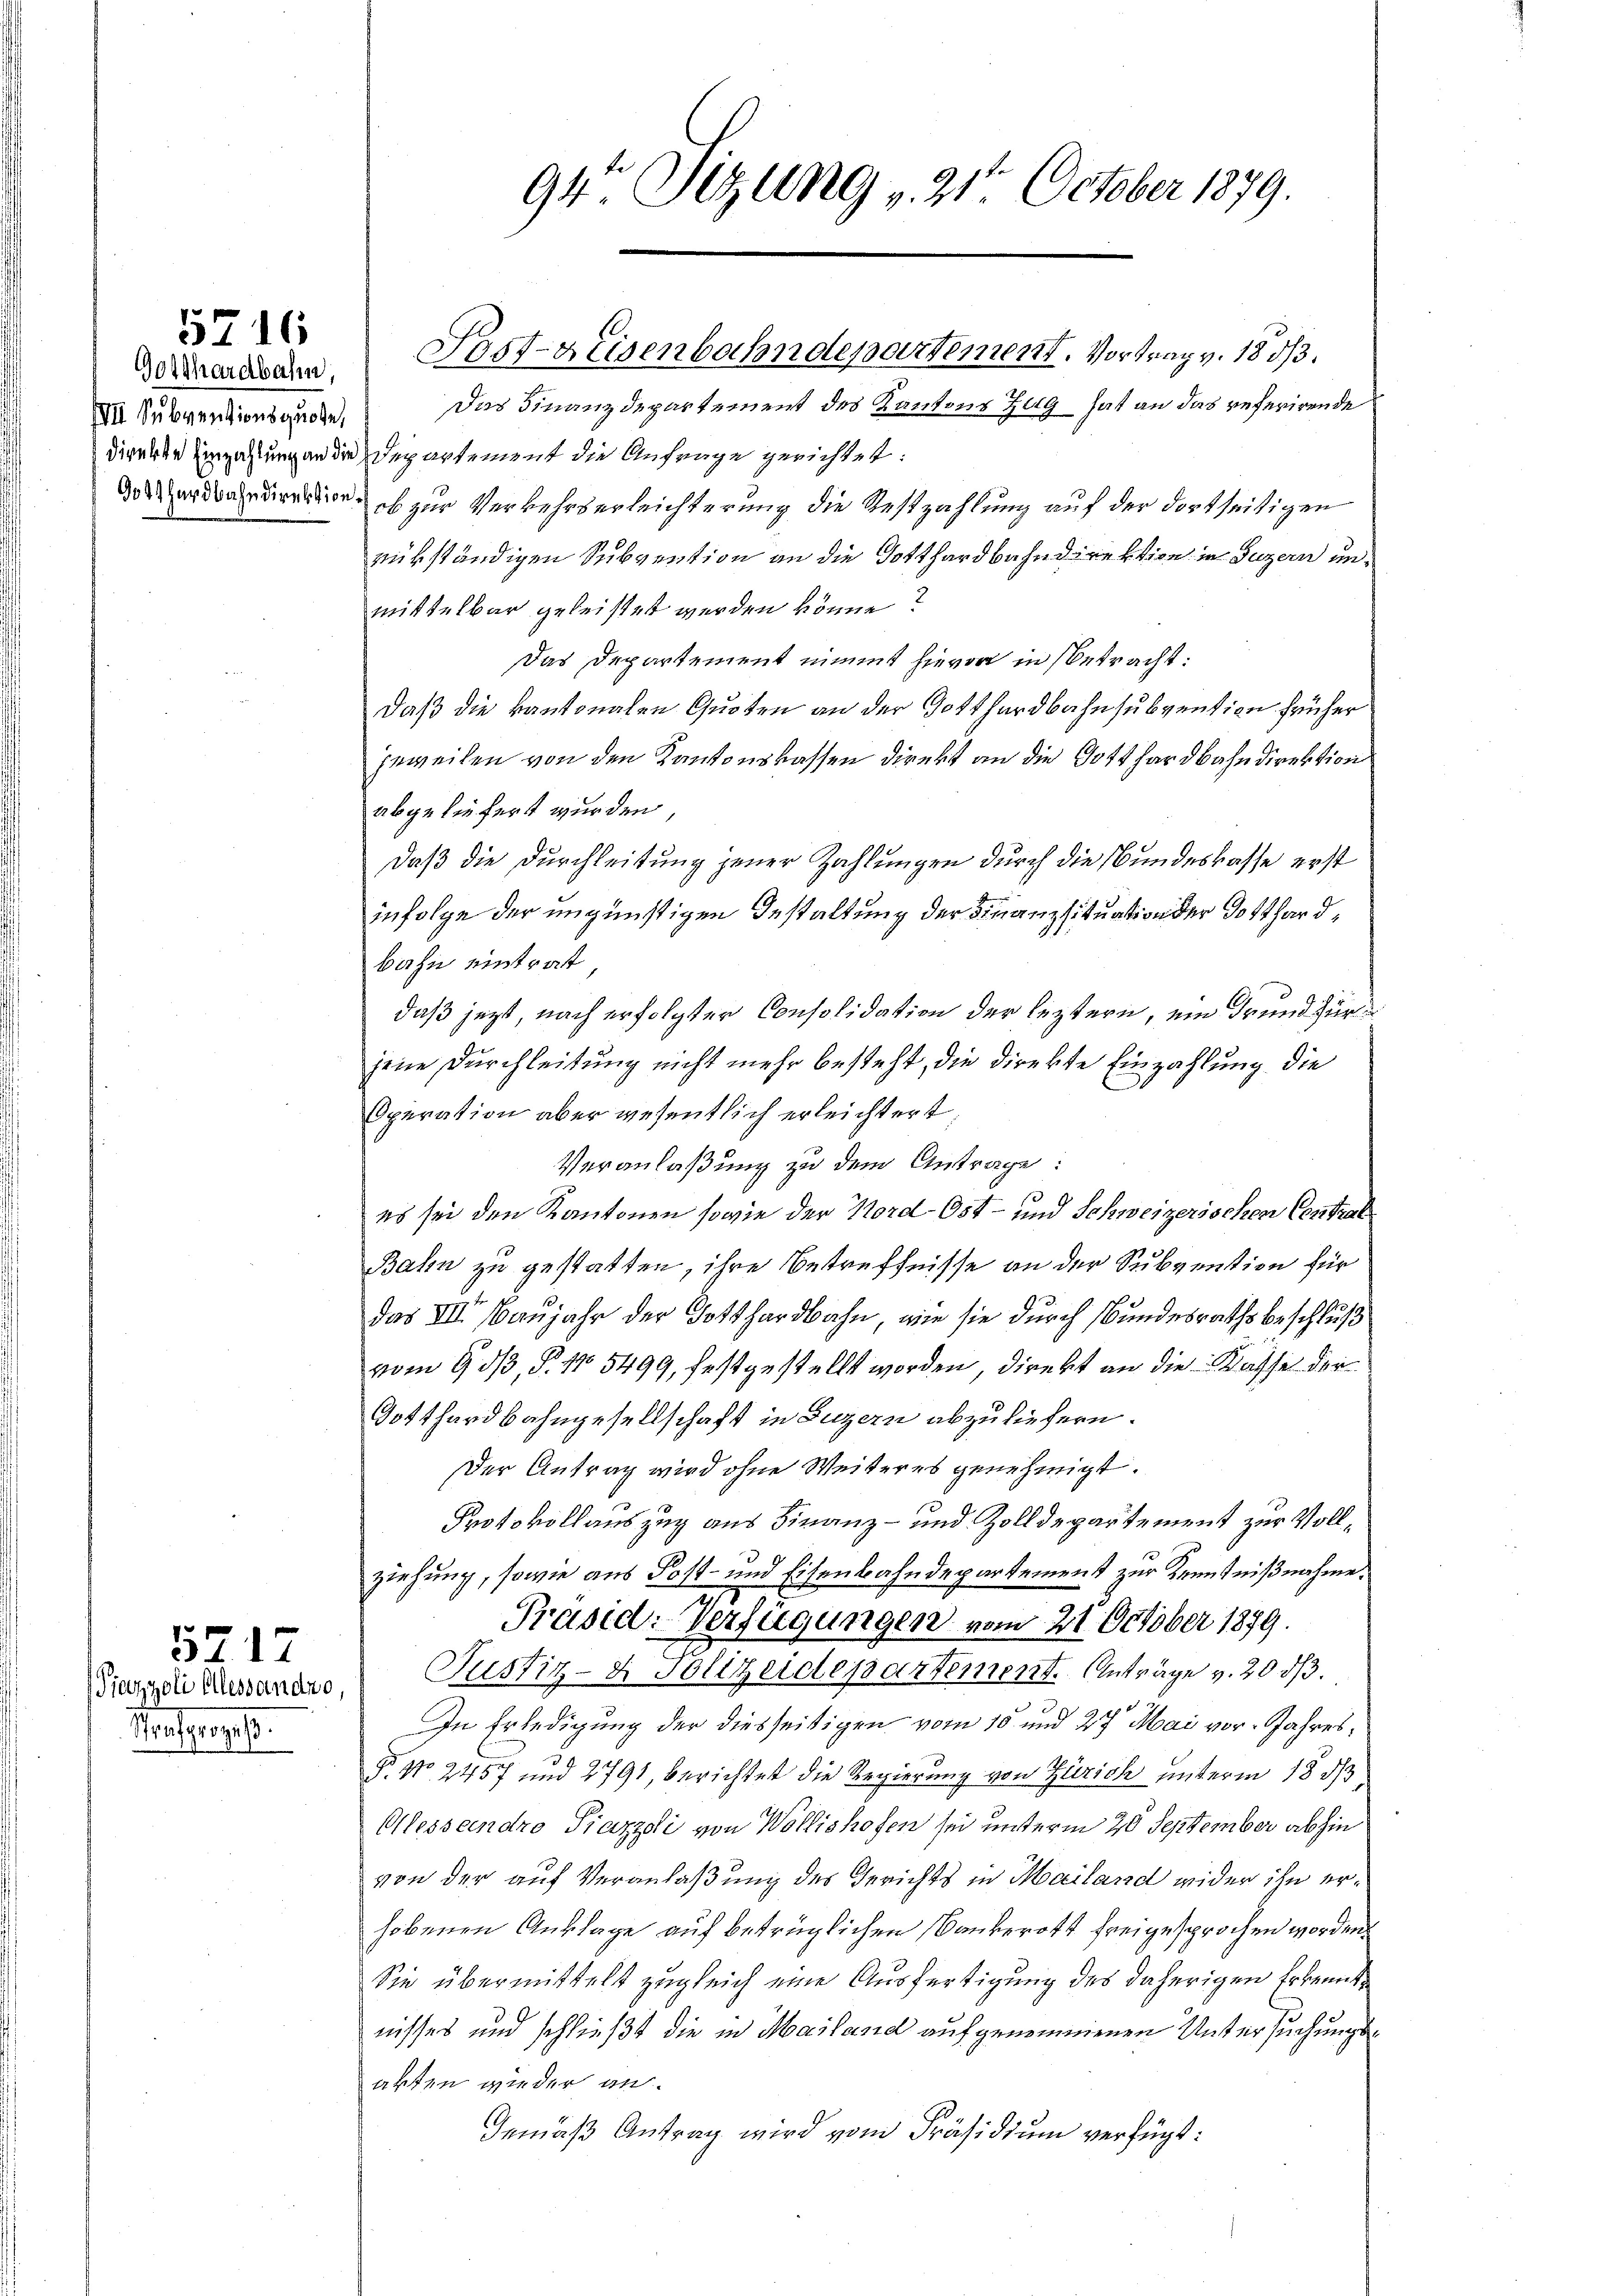
5716

VIII Subventionsquote,

Picozzoli Allessandno.
Hanfragl.

5717

94r Sitzung , 21. October 1879.

Das Finanzdepartement des Kantons Zug hat an das referirende
direkte Einzahlung an die Departement die Anfrage gerichtet:
rdauren, es zur Verkehrserleichterung die Restzahlung auf der dortseitigen
rükständigen Subvention an die Gotthardbahndirektion in Luzern unmittelbar geleistet werden könne?
Das Departement nimmt hievon in betracht:
daß die kantonalen Quoten an der Gotthardbahnsubvention früher
jeweilen von den Kantonskassen direkt an die Gotthardbahndirektion
abgeliefert wurden,
daß die Durchleitung jener Zahlungen durch die Bundeskasse erst
infolge der ungünstigen Gestaltung der Finanzsituation der Gotthardbahn eintrat
daß jezt, nach erfolgter Consolidation der leztern, ein Grund für
jene Durchleitung nicht mehr besteht, die Direkte Einzahlung die
Operation aber wesentlich erleichtert:
Veranlaßung zu dem Antrage:
es sei den Kantonen sowie der Nord- Ost- und Schweizerischen Central
Bahn zu gestatten, ihre Betreffnisse an der Subvention für
Das III. Baujahr der Gotthardbahn, wie sie durch Bundesrathsbeschluß
vom 9. d. P. No 5499, festgestellt worden, direkt an die Klasse der
Gotthardbahngesellschaft in Luzern abzuliefern.
Der Antrag wird ohne Weiteres genehmigt.
Protokollauszug aus Finanz- und Zolldepartement zur Vollziehung, sowie aus Post- und Eisenbahndepartement zur Kenntnißnahme.
Präsid: Verfügungen vom 21. October 1879.
Justiz- & Polizeidepartement. Anträge v. 2053.
x
In Erledigung der diesseitigen vom 15. und 27 Mai vor. Jahres¬
F. No. 2457 und 2791, berichtet die Regierung von Zürich unterm 18. ds
Alesseindro Piazzdi von Wollishofen sei unterm 20 September abhin
von der auf Veranlaßung des Gerichts in Mailand wider ihn erhobenen Anklage auf betrüglichen Bankerott freigesprochen worden.
Sie übermittelt zugleich eine Ausfertigung des daherigen Erkenntnisses und schließt die in Mailand aufgenommenen Untersuchungsarten wieder an.
Gemäß Antrag wird vom Präsidium verfügt:

Derren Post-Keisenbahndepartement. Vortrag v. 1833.